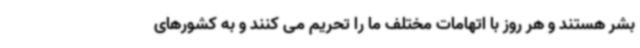
بشر هستند و هر روز با اتهامات مختلف ما را تحریم می کنند و به کشورهای